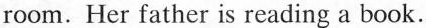
room.Her father is reading a book.